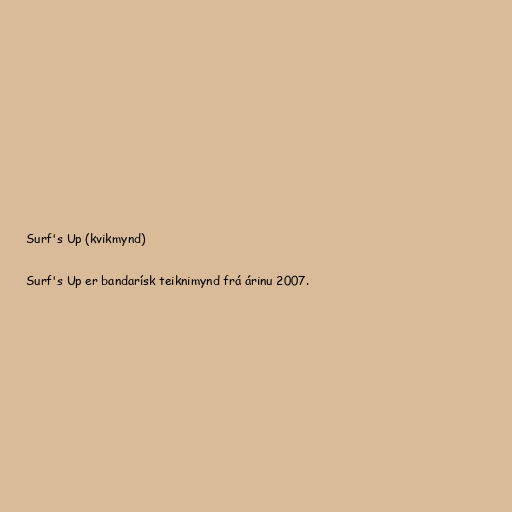
Surf's Up (kvikmynd)

Surf's Up er bandarísk teiknimynd frá árinu 2007.